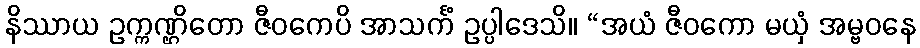
နိဿာယ ဥက္ကဏ္ဌိတော ဇီဝကေပိ အာသင်္ကံ ဥပ္ပါဒေသိ။ “အယံ ဇီဝကော မယှံ အမ္ဗဝနေ